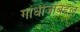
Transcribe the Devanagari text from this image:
गांधीजींबद्दल